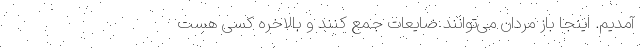
آمدیم. اینجا باز مردان می‌توانند ضایعات جمع کنند و بالاخره کسی هست